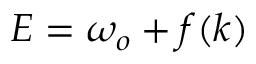
E = \omega _ { o } + f ( k )